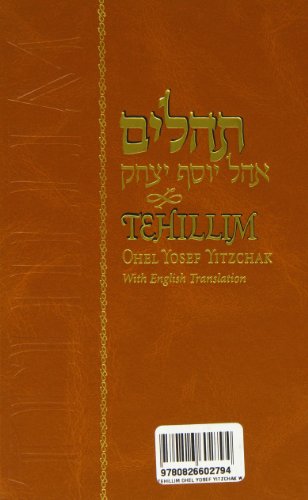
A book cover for Tehillim : With English Translation; Y. Y. Schneerson; Religion & Spirituality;